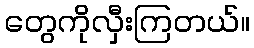
တွေကိုလှီးကြတယ်။